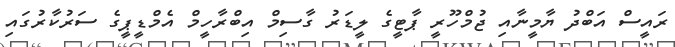
ރައީސް އަބްދު ޔާމީނާއި ޖުމްހޫރީ ޕާޓީގެ ލީޑަރު ގާސިމް އިބްރާހީމް އެމްޑީޕީގެ ސަރުކާރުގައި